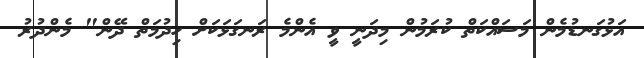
އަޅުގަނޑުމެން މަސައްކަތް ކުރަމުން މިދަނީ ވީ އެންމެ ރަނގަޅަކަށް ހިދުމަތް ދޭން" މެންދުރު